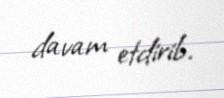
davam etdirib.